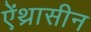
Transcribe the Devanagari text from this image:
ऐंथ्रासीन